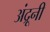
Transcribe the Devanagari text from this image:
अंद्रूनी